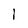
Character: 1